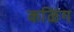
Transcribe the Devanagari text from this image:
कळिंग